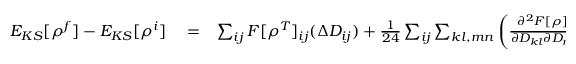
\begin{array} { r l r } { E _ { K S } [ \rho ^ { f } ] - E _ { K S } [ \rho ^ { i } ] } & { { } = } & { \sum _ { i j } F [ \rho ^ { T } ] _ { i j } ( \Delta D _ { i j } ) + \frac { 1 } { 2 4 } \sum _ { i j } \sum _ { k l , m n } \left( \frac { \partial ^ { 2 } F [ \rho ] _ { i j } } { \partial D _ { k l } \partial D _ { m n } } \right) _ { \rho ^ { T } } \Delta D _ { k l } \Delta D _ { m n } \Delta D _ { i j } } \end{array}